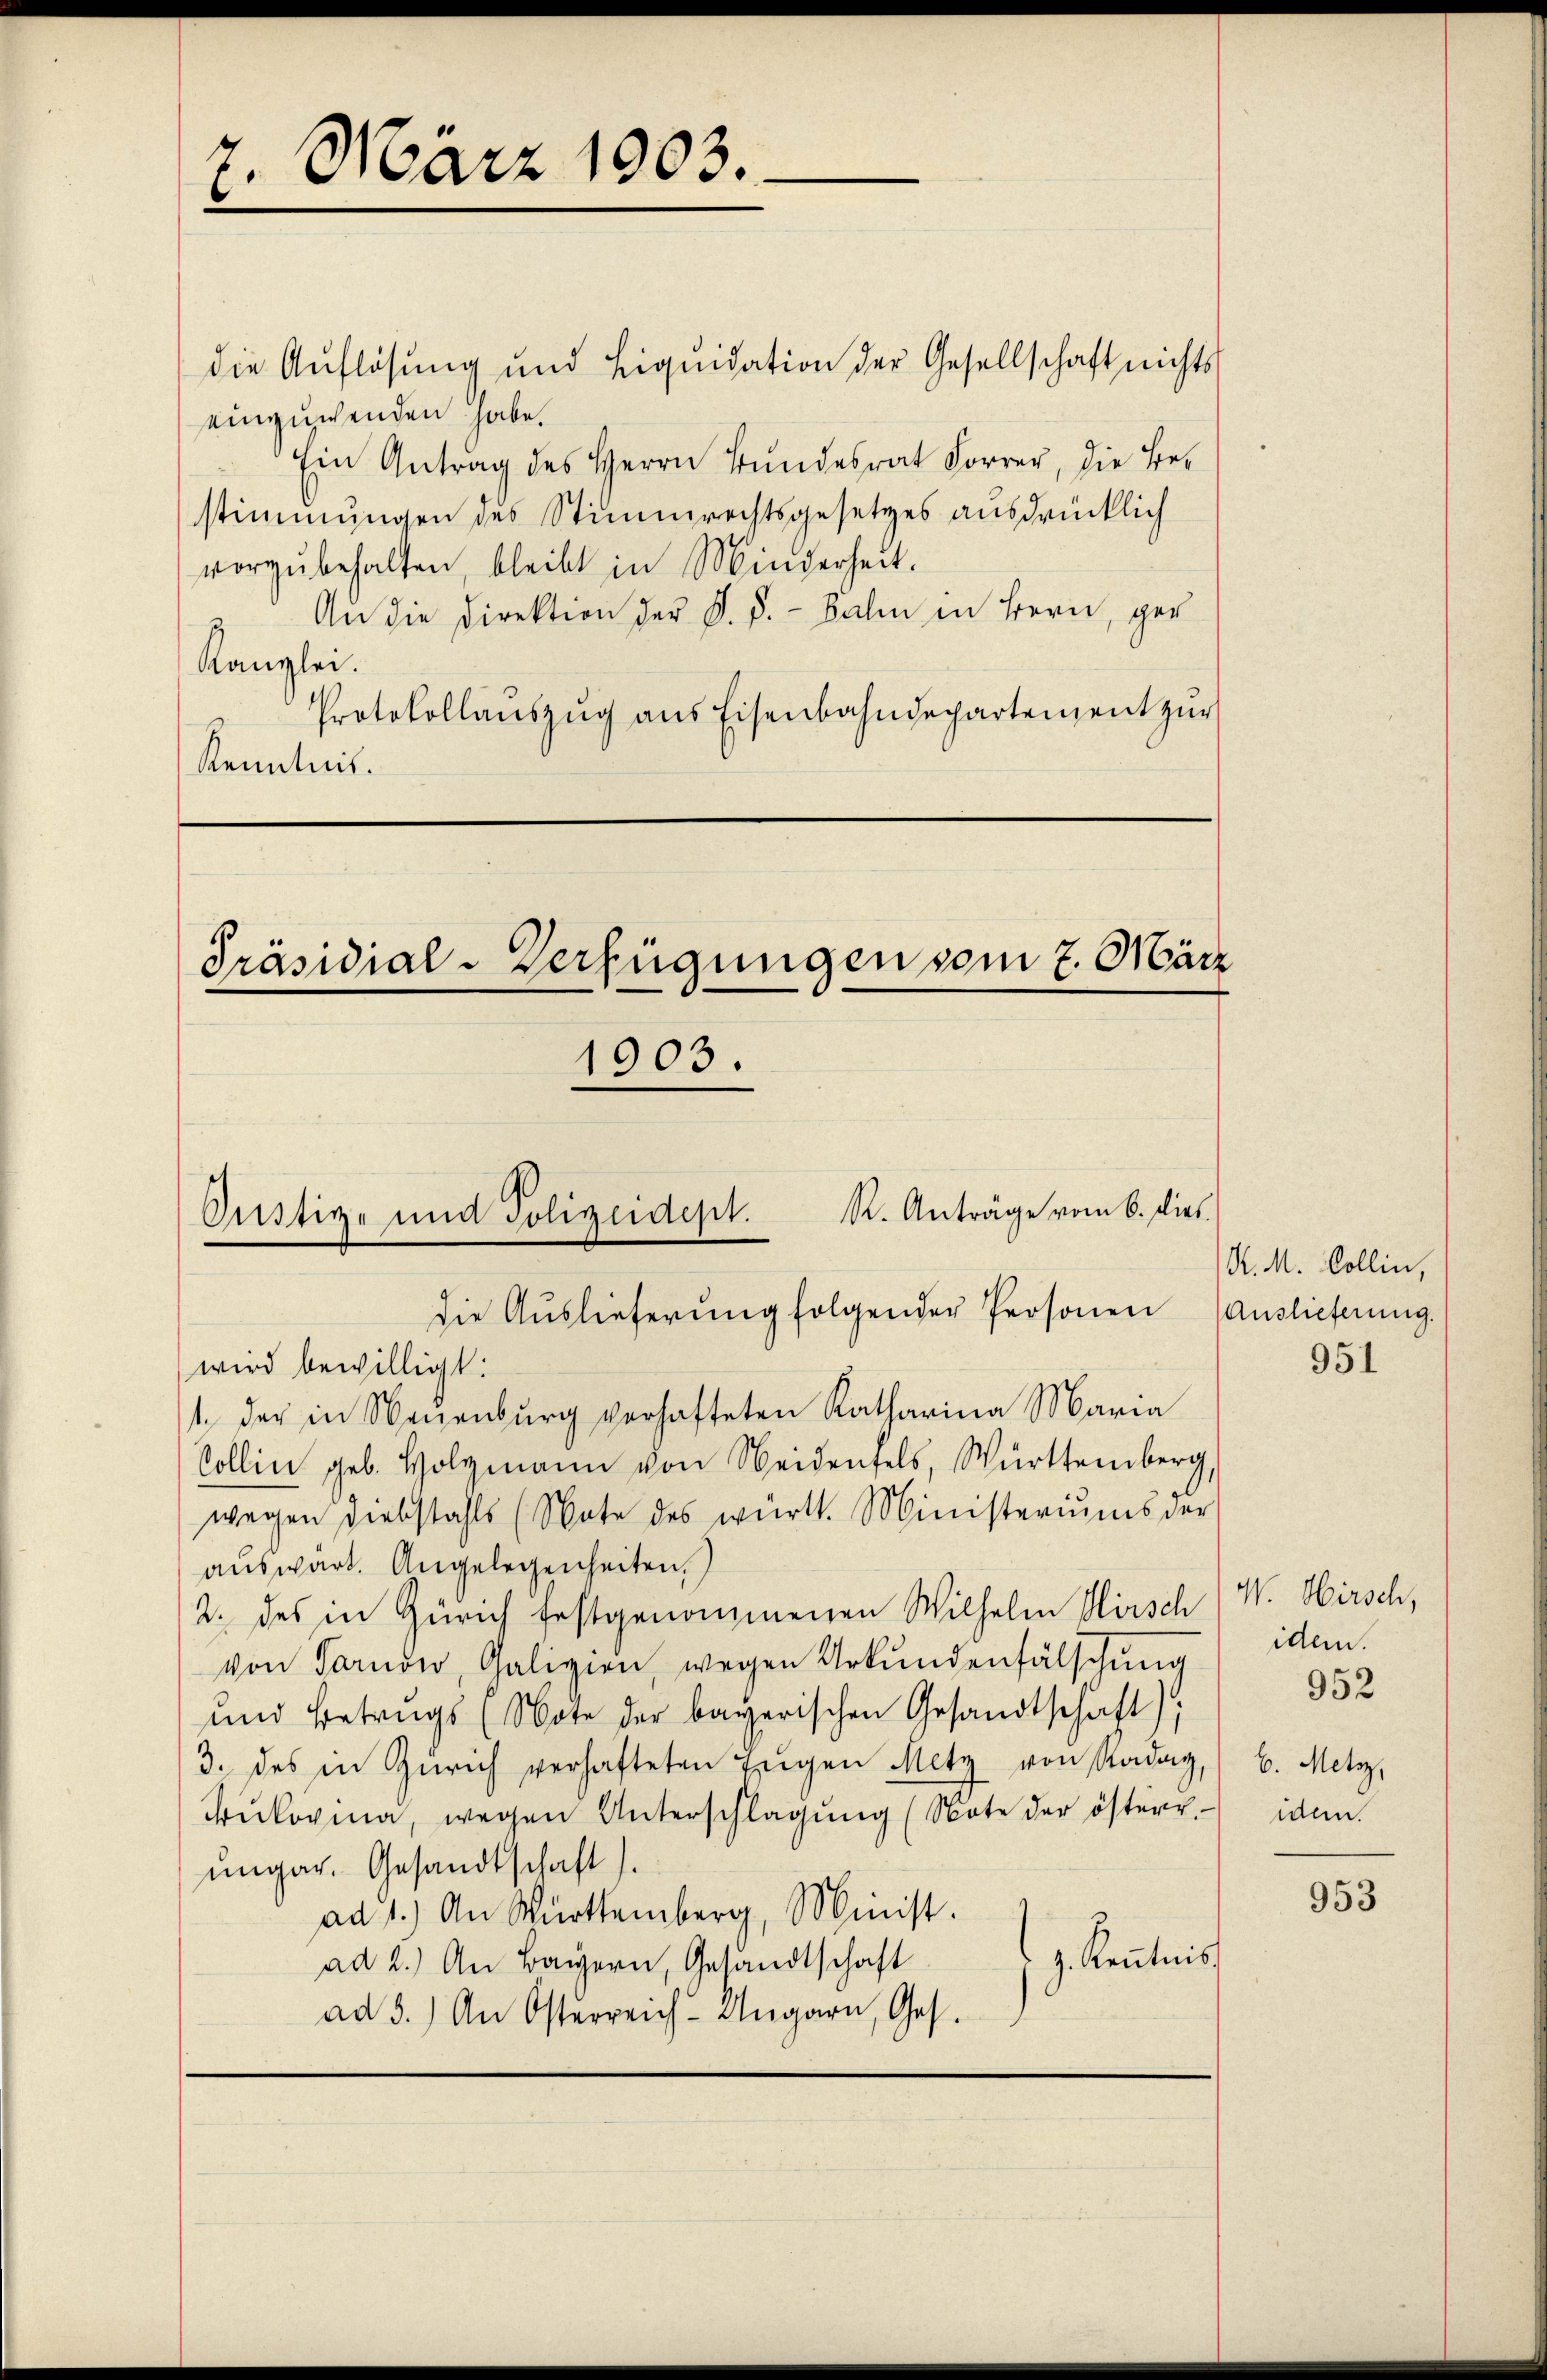
7. März 1903.

die Auflösung und Liquidation der Gesellschaft nichts
einzuwenden habe.
Ein Antrag des Herrn Bundesrat Forrer, die Bestimmungen des Stimmrechtsgesetzes ausdrücklich
vorzŭbehalten, bleibt in Minderheit.
An die Direktion der S. P. - Bahn in Bern, ger
Kanzlei.
Protokollaŭszŭg ans Eisenbahndepartement zŭr
Kenntnis.

1903.

Präsidial-Verfügungen vom 7. März

R. Anträge vom 6. dies
Oustiz- und Polizeidept.
die Auslieferung folgender Personen (Auslieferung.

wird bewilligt:
1. der in Neuenburg verhafteten Katharina Maria
Collin geb. Holzmann von Weidenfels, Württemberg,
wegen Diebstahls (Note des württ. Ministeriums der
aŭswärt. Angelegenheiten.
2. des in Zürich festgenommenen Wilhelm Hirsch (W. Hirsch,
von Tarnow, Galizien, wegen Urkundenfälschŭng
und Betrugs (Note der bayerischen Gesandtschaft);
3. des in Zürich verhafteten Zŭgen Metz von Radag,
Trŭkovina, wegen Unterschlagung (Note der österr. idem
ungar. Gesandtschaft
ad 1.) An Württemberg, Minist.
J. Kenntniss
ad 2.) An Bayern, Gesandtschaft
ad 3.) An Osterreich-Ungarn, Ges.

R. M. Kollin,

951

idem.
b. Metzz,

952

953